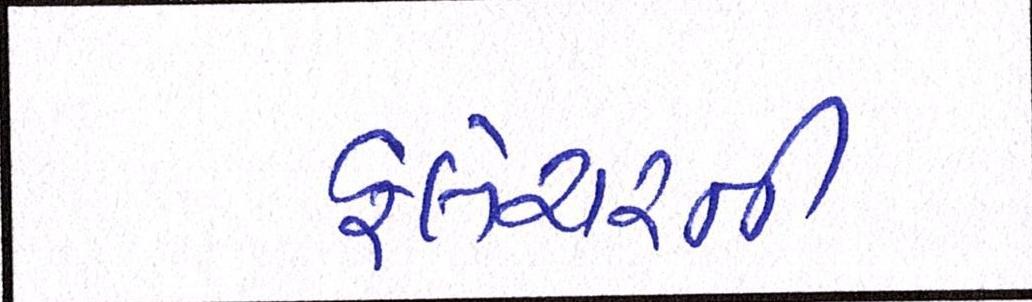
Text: ફ્લેચરની